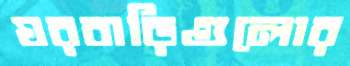
ঘরবাড়িগুলোর